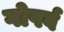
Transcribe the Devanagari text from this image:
गोपर्व